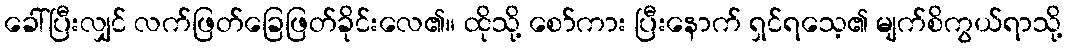
ခေါ်ပြီးလျှင် လက်ဖြတ်ခြေဖြတ်ခိုင်းလေ၏။ ထိုသို့ စော်ကား ပြီးနောက် ရှင်ရသေ့၏ မျက်စိကွယ်ရာသို့